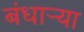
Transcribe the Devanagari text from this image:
बंधाऱ्या